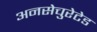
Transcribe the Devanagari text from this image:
अनसेचुरेटेड